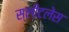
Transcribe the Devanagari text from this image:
स्लीटलेस